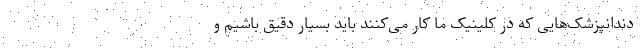
دندانپزشک‌هایی که در کلینیک ما کار می‌کنند باید بسیار دقیق باشیم و